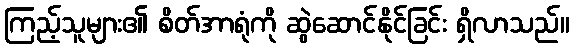
ကြည့်သူများ၏ စိတ်အာရုံကို ဆွဲဆောင်နိုင်ခြင်း ရှိလာသည်။